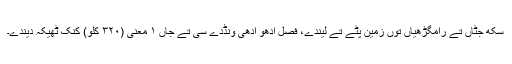
سِکھ جٹاں تے رامگڑھیاں توں زمین پٹّے تے لیندے، فصل ادھو ادھی ونڈدے سی تے جاں ١ معنی (٣٢٠ کِلو) کنک ٹھیکہ دیندے۔